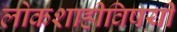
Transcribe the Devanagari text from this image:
लोकशाहीविषयी